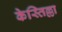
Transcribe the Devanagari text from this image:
केस्तिल्ला